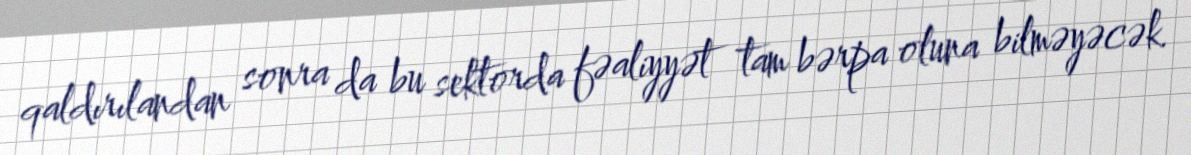
qaldırılandan sonra da bu sektorda fəaliyyət tam bərpa oluna bilməyəcək.